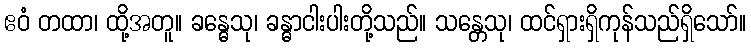
ဧဝံ တထာ၊ ထို့အတူ။ ခန္ဓေသု၊ ခန္ဓာငါးပါးတို့သည်။ သန္တေသု၊ ထင်ရှားရှိကုန်သည်ရှိသော်။